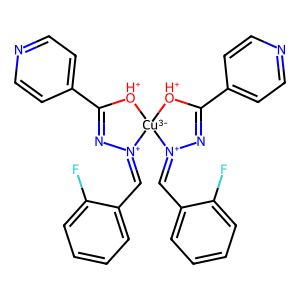
SMILES: Fc1ccccc1C=[N+]1N=C(c2ccncc2)[OH+][Cu-3]12[OH+]C(c1ccncc1)=N[N+]2=Cc1ccccc1F
Inhibits HIV replication: No